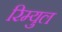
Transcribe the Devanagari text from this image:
रिम्युल